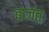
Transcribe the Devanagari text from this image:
बाजंत